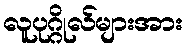
လူပုဂ္ဂိုလ်များအား